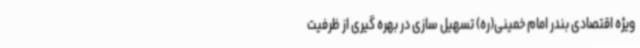
ویژه اقتصادی بندر امام خمینی(ره) تسهیل سازی در بهره گیری از ظرفیت